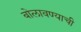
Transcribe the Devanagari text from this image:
बोलावण्याची